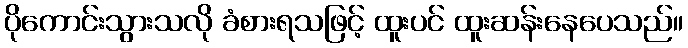
ပိုကောင်းသွားသလို ခံစားရသဖြင့် ထူးပင် ထူးဆန်းနေပေသည်။